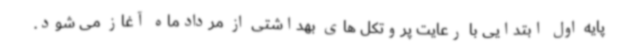
پایه اول ابتدایی با رعایت پروتکل های بهداشتی از مردادماه آغاز می شود.